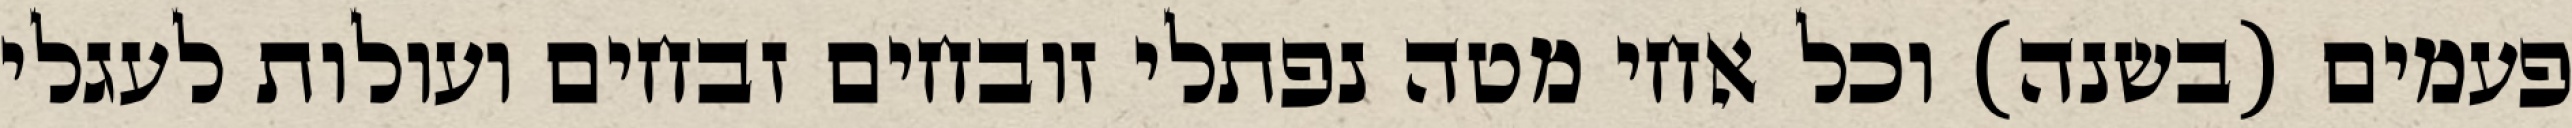
פעמים (בשנה) וכל אחי מטה נפתלי זובחים זבחים ועולות לעגלי